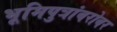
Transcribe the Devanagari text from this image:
भूमिपुत्रांबरोबर